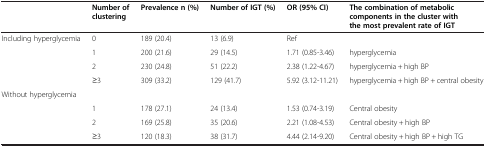
|  | Number of clustering | Prevalence n (%) | Number of IGT (%) | OR (95% CI) | The combination of metabolic components in the cluster with the most prevalent rate of IGT |
 | --- | --- | --- | --- | --- | --- |
 | Including hyperglycemia | 0 | 189 (20.4) | 13 (6.9) | Ref |  |
 |  | 1 | 200 (21.6) | 29 (14.5) | 1.71 (0.85-3.46) | hyperglycemia |
 |  | 2 | 230 (24.8) | 51 (22.2) | 2.38 (1.22-4.67) | hyperglycemia + high BP |
 |  | ≥3 | 309 (33.2) | 129 (41.7) | 5.92 (3.12-11.21) | hyperglycemia + high BP + central obesity |
 | Without hyperglycemia |  |  |  |  |  |
 |  | 1 | 178 (27.1) | 24 (13.4) | 1.53 (0.74-3.19) | Central obesity |
 |  | 2 | 169 (25.8) | 35 (20.6) | 2.21 (1.08-4.53) | Central obesity + high BP |
 |  | ≥3 | 120 (18.3) | 38 (31.7) | 4.44 (2.14-9.20) | Central obesity + high BP + high TG |